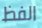
الفظ